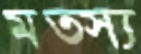
মত্স্য